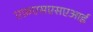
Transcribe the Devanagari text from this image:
एफ़एसएसएआई